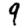
Digit: 9